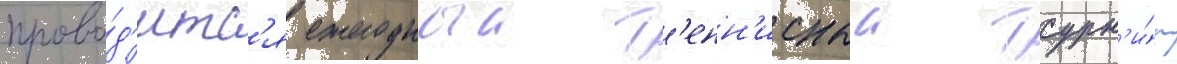
прово́д'итс'я ежегодныи т'енн'исныи турн'и́р